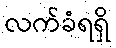
လက်ခံရရှိ